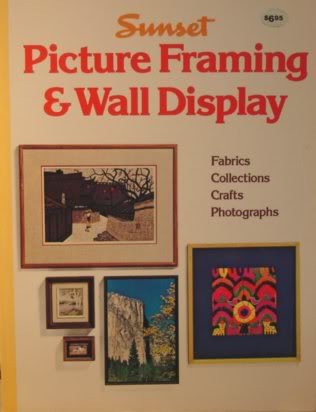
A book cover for Picture Framing and Wall Display; Sunset; Crafts, Hobbies & Home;